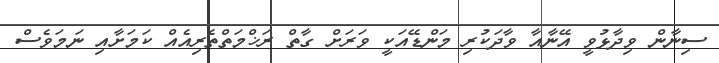
ސިނާން ވިދާޅުވީ އޭނާއާ ވާދަކުރި މަންޑޭއަކީ ވަރަށް ގާތް ރަޚްމަތްތެރިއެއް ކަމަށާއި ނަމަވެސް